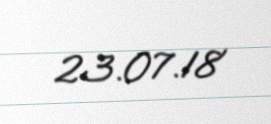
23.07.18